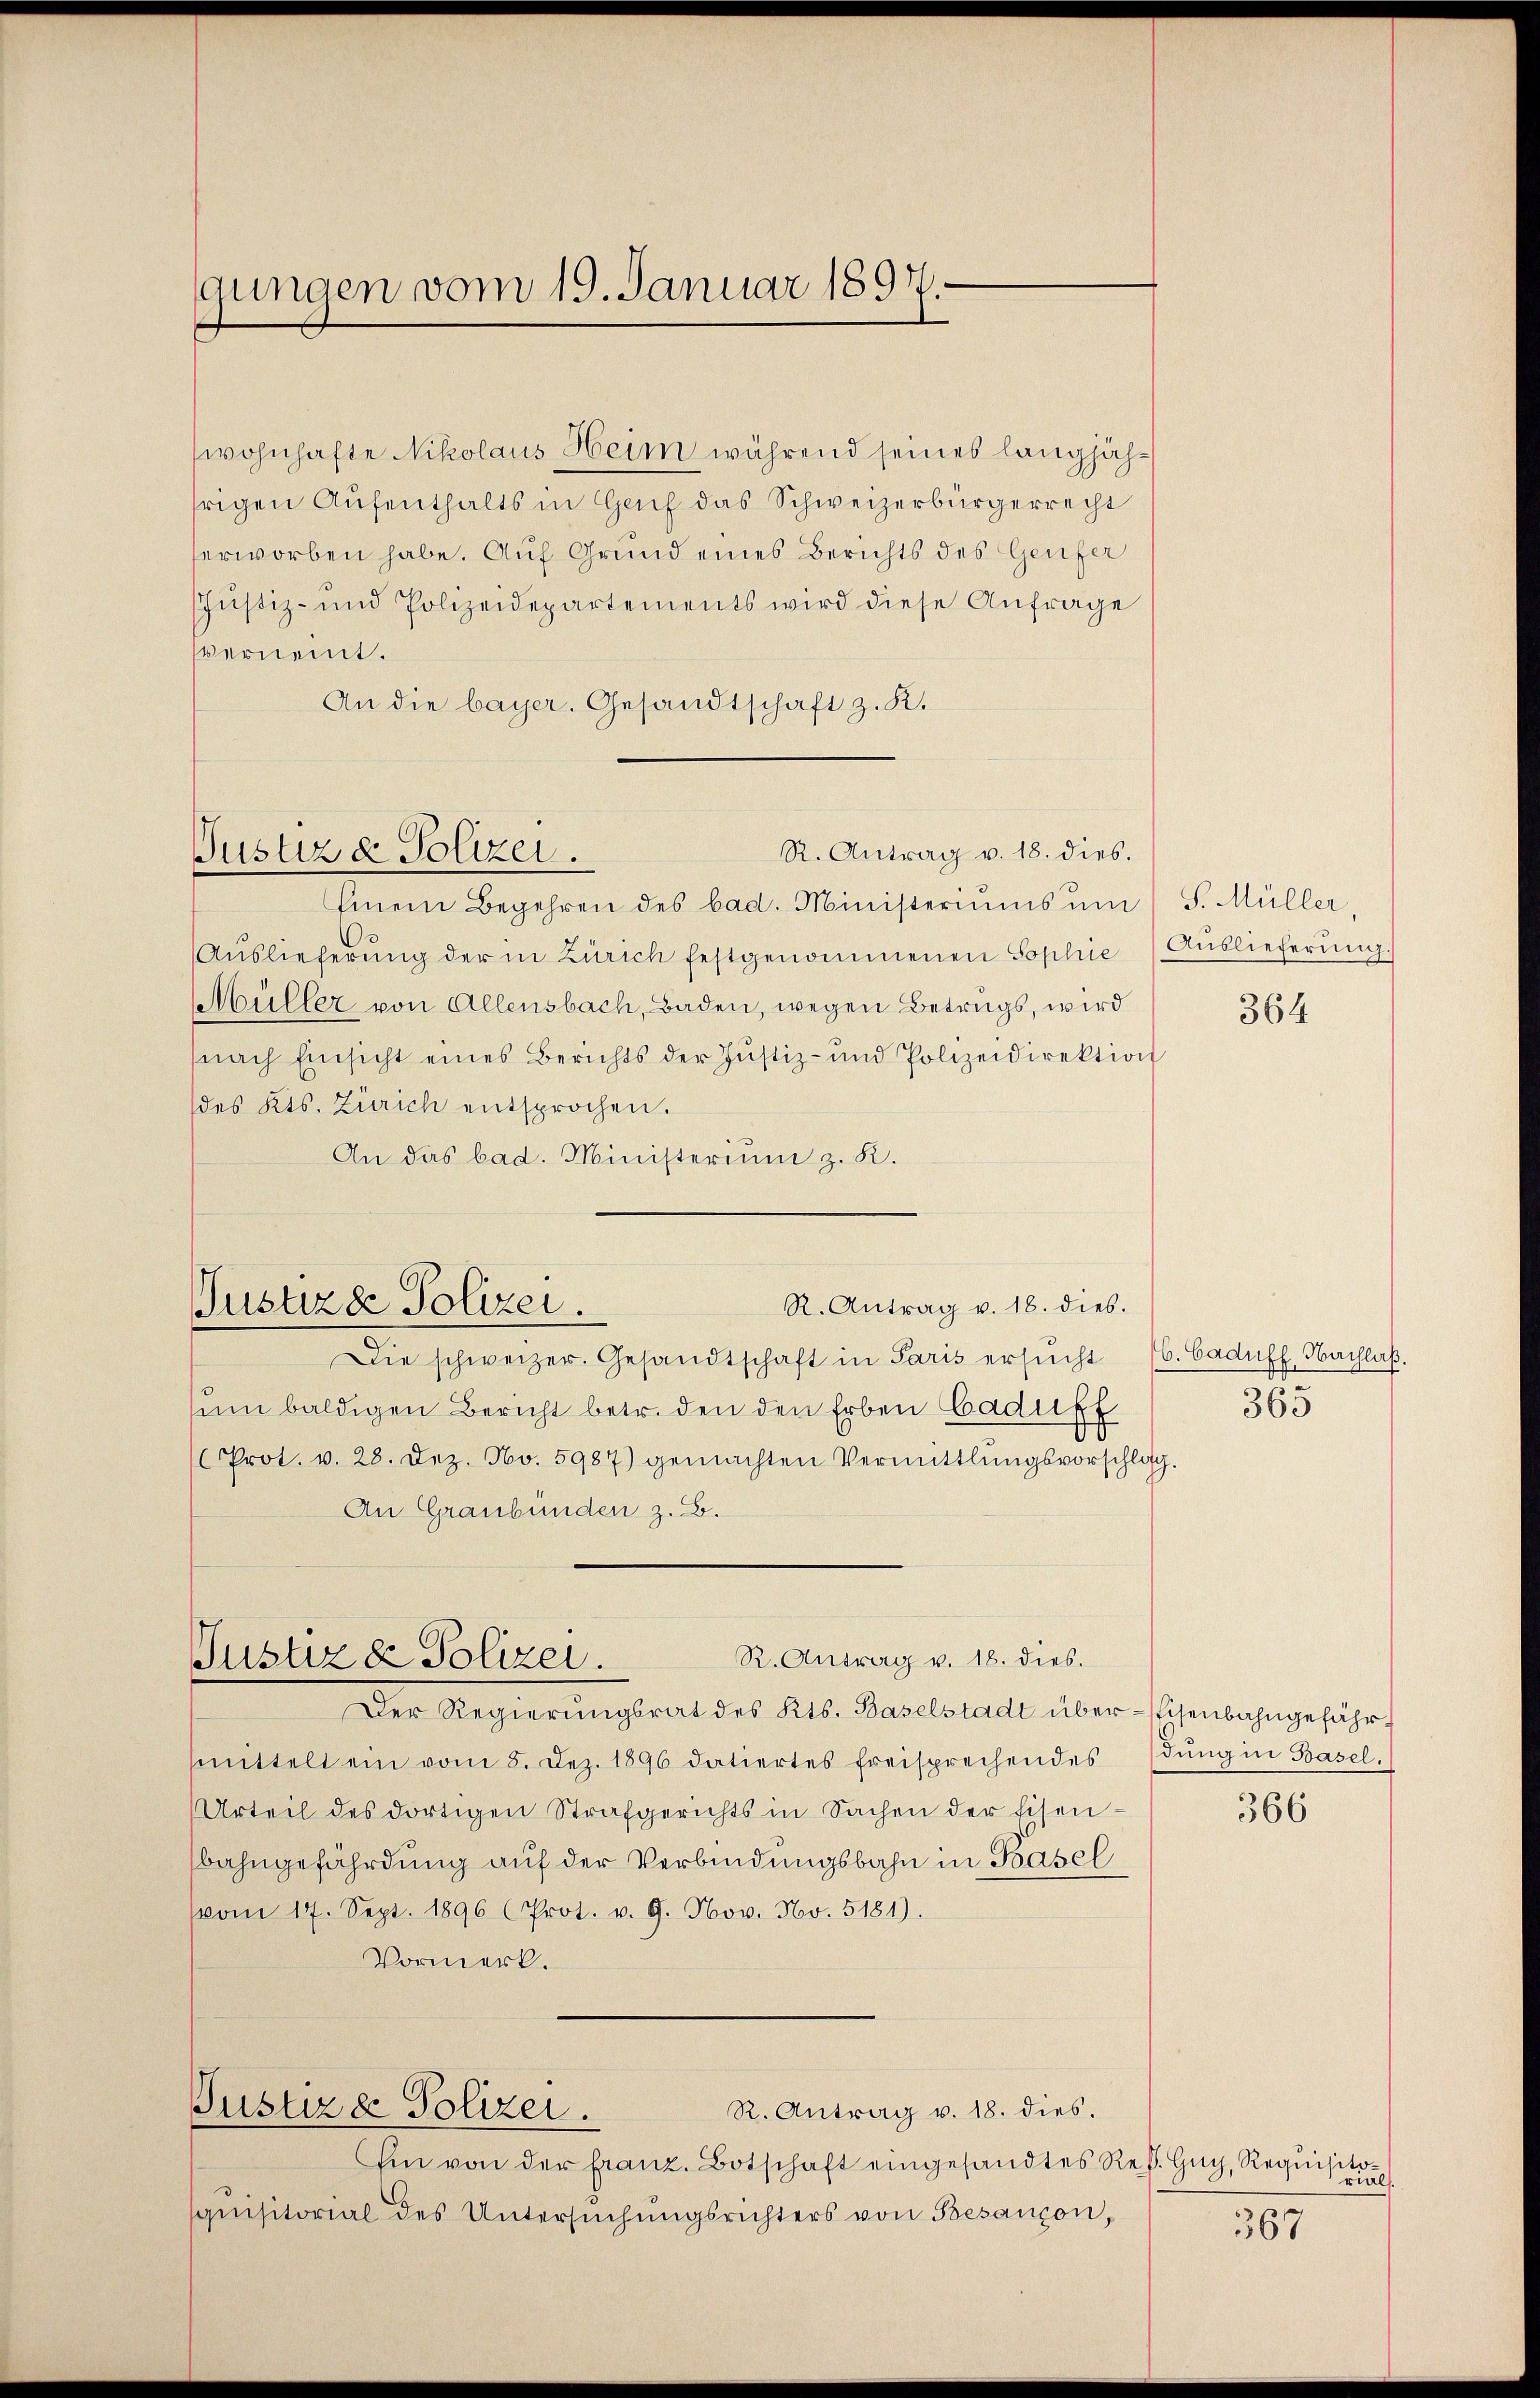
gungen vom 19. Januar 1897.

wohnhafte Nikolaus Heim während seines langjähfrigen Aŭfenthalts in Genf das Schweizerbürgerrecht
erworben habe. Auf Grund eines Berichts des Genfer
shustiz- und Polizeidepartements wird diese Anfrage
verneint.
An die bayer. Gesandtschaft z. K.
R. Antrag v. 18. dies.
Justiz & Polizei.
Einem Begehren des bad. Ministeriums ŭm
Auslieferŭng der in Zürich festgenommenen Sophie Auslieferŭng.
Müller von Allensbach, Baden, wegen Betrags, wird
(nach Einsicht eines Berichts der Justiz- und Polizeidirektion
des Kts. Zürich entsprochen.
An das bad. Ministerium z. R.

Justizde Polizei.

Die schweizer. Gesandtschaft in Paris ersŭcht 6. Caduff. Nachlaß.
sum baldigen Bericht betr. den den Erben Cadupf
(Prot. v. 28. Dez. No. 5987) gemachten Vermittlungsvorschlag.
An Graubünden z. B.
R. Antrag v. 18. dies.
Justiz & Polizei.
Der Regierungsrat des Kts. Baselstadt über-Eisenbahngefährmmittelt ein vom 8. Dez. 1896 datiertes freisprechendes dŭng in Basel.
Urteil des dortigen Strafgerichts in Sachen der Eisenbahngefährdung auf der Verbindungsbahn in Basel
(vom 17. Sept. 1896 (Prot. v. 9. Nov. No. 5181).
Vormerk.

R. Antrag v. 18. dies.

Justiz & Polizei.
R. Antrag v. 18. dies.

Ein von der franz. Botschaft eingesandtes Res. Guy, Requisitoquisitorial des Untersŭchŭngsrichters von Besançon,

S. Müller,

364

365

366

ril.

367